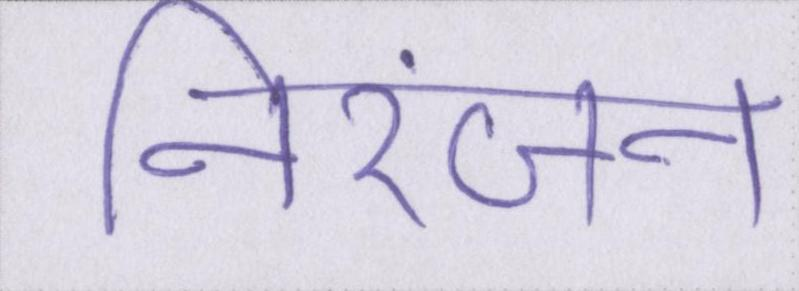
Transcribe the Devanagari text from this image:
निरंजन